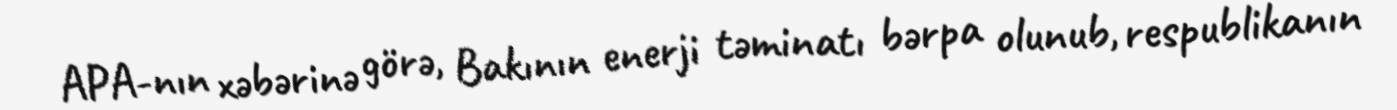
APA-nın xəbərinə görə, Bakının enerji təminatı bərpa olunub, respublikanın